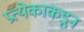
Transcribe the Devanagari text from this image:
प्रत्येकाकडून